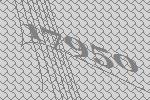
17950